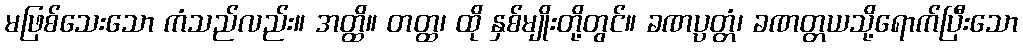
မဖြစ်သေးသော ကံသည်လည်း။ အတ္ထိ။ တတ္ထ၊ ထို နှစ်မျိုးတို့တွင်။ ခဏပ္ပတ္တံ၊ ခဏတ္တယသို့ရောက်ပြီးသော